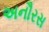
અનૌરસ